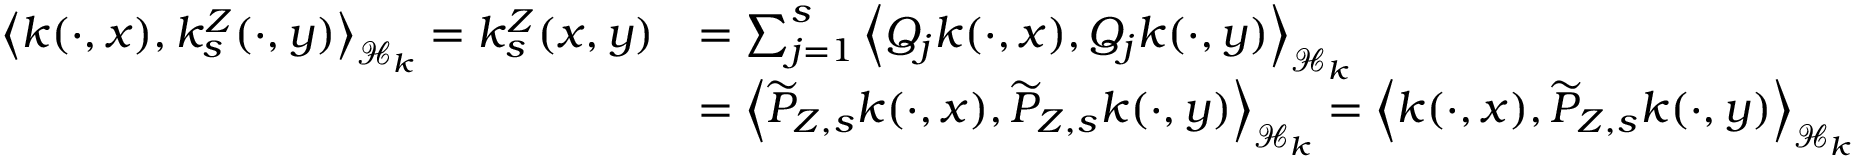
\begin{array} { r l } { \left\langle k ( \cdot , x ) , k _ { s } ^ { Z } ( \cdot , y ) \right\rangle _ { \mathcal { H } _ { k } } = k _ { s } ^ { Z } ( x , y ) } & { = \sum _ { j = 1 } ^ { s } \left\langle Q _ { j } k ( \cdot , x ) , Q _ { j } k ( \cdot , y ) \right\rangle _ { \mathcal { H } _ { k } } } \\ & { = \left\langle \widetilde { P } _ { Z , s } k ( \cdot , x ) , \widetilde { P } _ { Z , s } k ( \cdot , y ) \right\rangle _ { \mathcal { H } _ { k } } = \left\langle k ( \cdot , x ) , \widetilde { P } _ { Z , s } k ( \cdot , y ) \right\rangle _ { \mathcal { H } _ { k } } } \end{array}